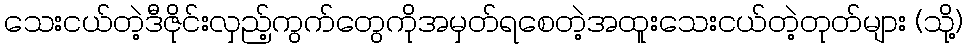
သေးငယ်တဲ့ဒီဇိုင်းလှည့်ကွက်တွေကိုအမှတ်ရစေတဲ့အထူးသေးငယ်တဲ့တုတ်များ (သို့)